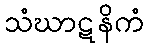
သံဃာဋနိကံ